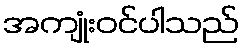
အကျုံးဝင်ပါသည်